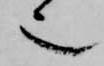
也